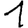
Digit: 1